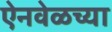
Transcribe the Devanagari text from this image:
ऐनवेळच्या